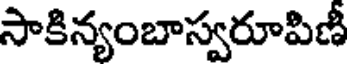
సాకిన్యంబాస్వరూపిణీ